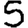
Digit: 5